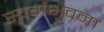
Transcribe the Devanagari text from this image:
स्वर्गभुवना